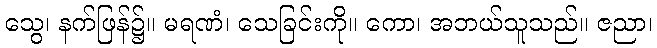
သွေ၊ နက်ဖြန်၌။ မရဏံ၊ သေခြင်းကို။ ကော၊ အဘယ်သူသည်။ ဇညာ၊